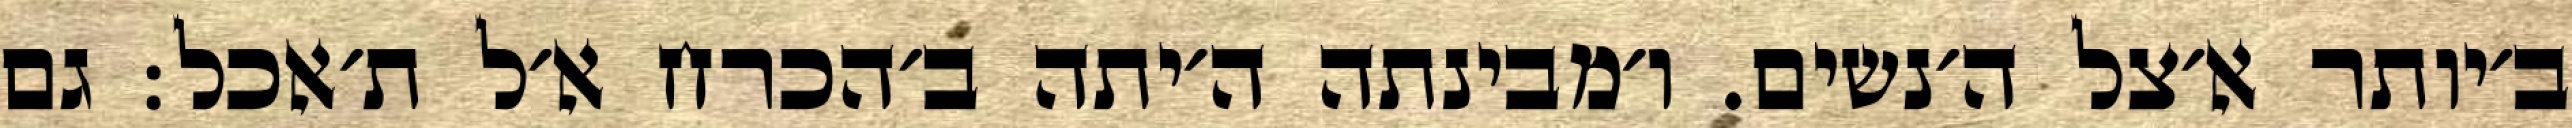
ב׳יותר א׳צל ה׳נשים. ו׳מבינתה ה׳יתה ב׳הכרח א׳ל ת׳אכל: גם